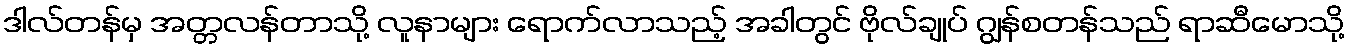
ဒါလ်တန်မှ အတ္တလန်တာသို့ လူနာများ ရောက်လာသည့် အခါတွင် ဗိုလ်ချုပ် ဂျွန်စတန်သည် ရာဆီမောသို့